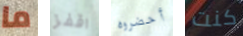
ما اقفز أحضروه كنت